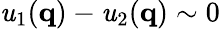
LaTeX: \mathit{u}_{1}(\mathbf{{q}})-\mathit{u}_{2}(\mathbf{{q}})\sim0